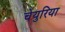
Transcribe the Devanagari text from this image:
चेयुरिया